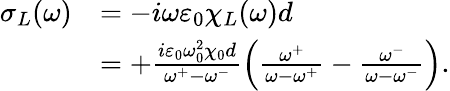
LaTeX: \begin{array}{rl}{\sigma_{L}(\omega)}&{=-i\omega\varepsilon_{0}\chi_{L}(\omega)d}\\ &{=+\frac{i\varepsilon_{0}\omega_{0}^{2}\chi_{0}d}{\omega^{+}-\omega^{-}}\left(\frac{\omega^{+}}{\omega-\omega^{+}}-\frac{\omega^{-}}{\omega-\omega^{-}}\right).}\end{array}